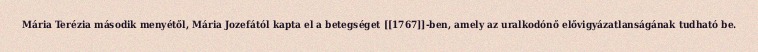
Mária Terézia második menyétől, Mária Jozefától kapta el a betegséget [[1767]]-ben, amely az uralkodónő elővigyázatlanságának tudható be.